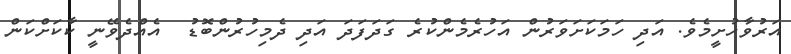
އަރުވާހުށީމެވެ. އަދި ހަމަކަށަވަރުން އަހުރެމެންކުރެ ގަދަފަދަ އަދި ދެމިހުރުންބޮޑު  އެއްދެވޭނީ ކާކަށްކަން